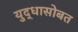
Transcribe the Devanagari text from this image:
युद्धासोबत